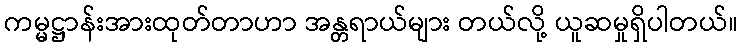
ကမ္မဋ္ဌာန်းအားထုတ်တာဟာ အန္တရာယ်များ တယ်လို့ ယူဆမှုရှိပါတယ်။